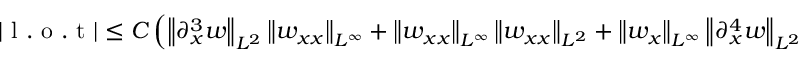
\begin{array} { r } { | \mathrm { ~ l ~ . ~ o ~ . ~ t ~ } | \leq C \left( \left\| \partial _ { x } ^ { 3 } w \right\| _ { L ^ { 2 } } \left\| w _ { x x } \right\| _ { L ^ { \infty } } + \left\| w _ { x x } \right\| _ { L ^ { \infty } } \left\| w _ { x x } \right\| _ { L ^ { 2 } } + \left\| w _ { x } \right\| _ { L ^ { \infty } } \left\| \partial _ { x } ^ { 4 } w \right\| _ { L ^ { 2 } } \right) \left\| \partial _ { x } ^ { 3 } w _ { t } \right\| _ { L ^ { 2 } } \leq C \mathcal { E } ( t ) ^ { 3 / 2 } . } \end{array}